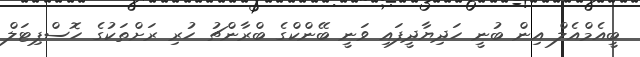
ބީއެމްއެލް އިން ބުނީ ހަދިޔާދީފައި ވަނީ ބޭންކްގެ ބްރާންޗު ހުރި ރަށްތަކުގެ ހޮސްޕިޓަލް